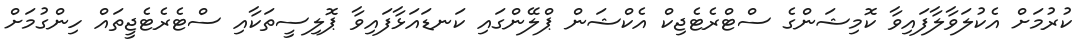
ކުރުމަށް އެކުލަވާލާފައިވާ ކޮމިޝަންގެ ސްޓްރެޓެޖިކް އެކްޝަން ޕްލޭންގައި ކަނޑައަޅާފައިވާ ޕޮލިސީތަކާއި ސްޓެރެޓެޖީތައް ހިންގުމަށް